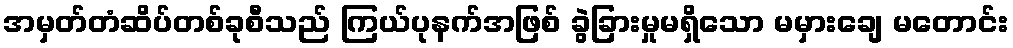
အမှတ်တံဆိပ်တစ်ခုစီသည် ကြယ်ပုနက်အဖြစ် ခွဲခြားမှုမရှိသော မမှားချေ မတောင်း